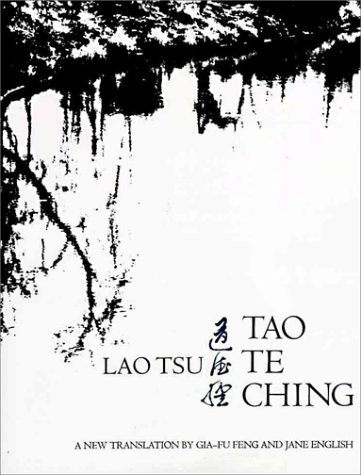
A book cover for Tao Te Ching; Lao Tsu; Religion & Spirituality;